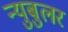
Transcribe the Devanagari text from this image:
न्‍युबुलर